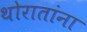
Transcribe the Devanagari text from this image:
थोरातांना